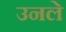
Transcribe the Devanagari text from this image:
उनले